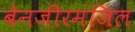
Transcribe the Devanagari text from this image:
बेनजीरमंजिल